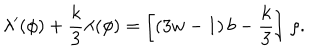
\lambda ^ { \prime } ( \phi ) + { \frac { k } { 3 } } \lambda ( \phi ) = \left[ ( 3 w - 1 ) \, b - { \frac { k } { 3 } } \right] \, \rho .